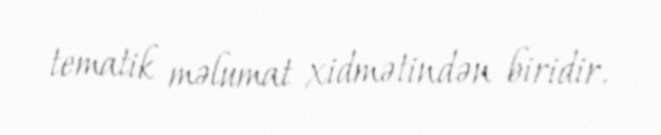
tematik məlumat xidmətindən biridir.